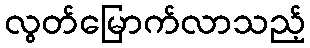
လွတ်မြောက်လာသည့်